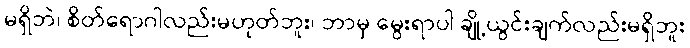
မရှိဘဲ၊ စိတ်ရောဂါလည်းမဟုတ်ဘူး၊ ဘာမှ မွေးရာပါ ချို့ယွင်းချက်လည်းမရှိဘူး